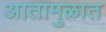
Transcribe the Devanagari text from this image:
आतामुळात